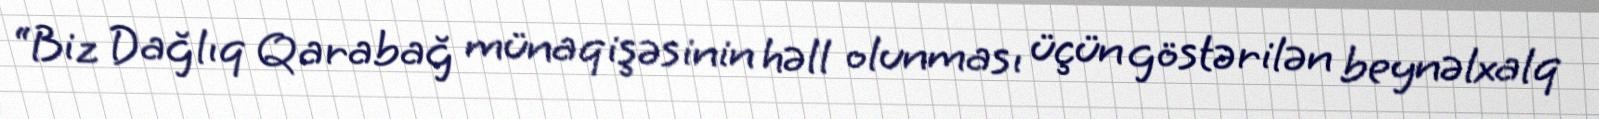
“Biz Dağlıq Qarabağ münaqişəsinin həll olunması üçün göstərilən beynəlxalq